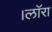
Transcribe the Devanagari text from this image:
।लाॅरा